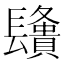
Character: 𨲿